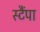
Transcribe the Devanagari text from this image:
स्टैंपा